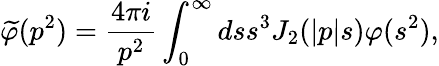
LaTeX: \widetilde{\varphi}(p^{2})=\frac{4\pi i}{p^{2}}\int_{0}^{\infty}dss^{3}J_{2}(\left\vert p\right\vert s)\varphi(s^{2}),